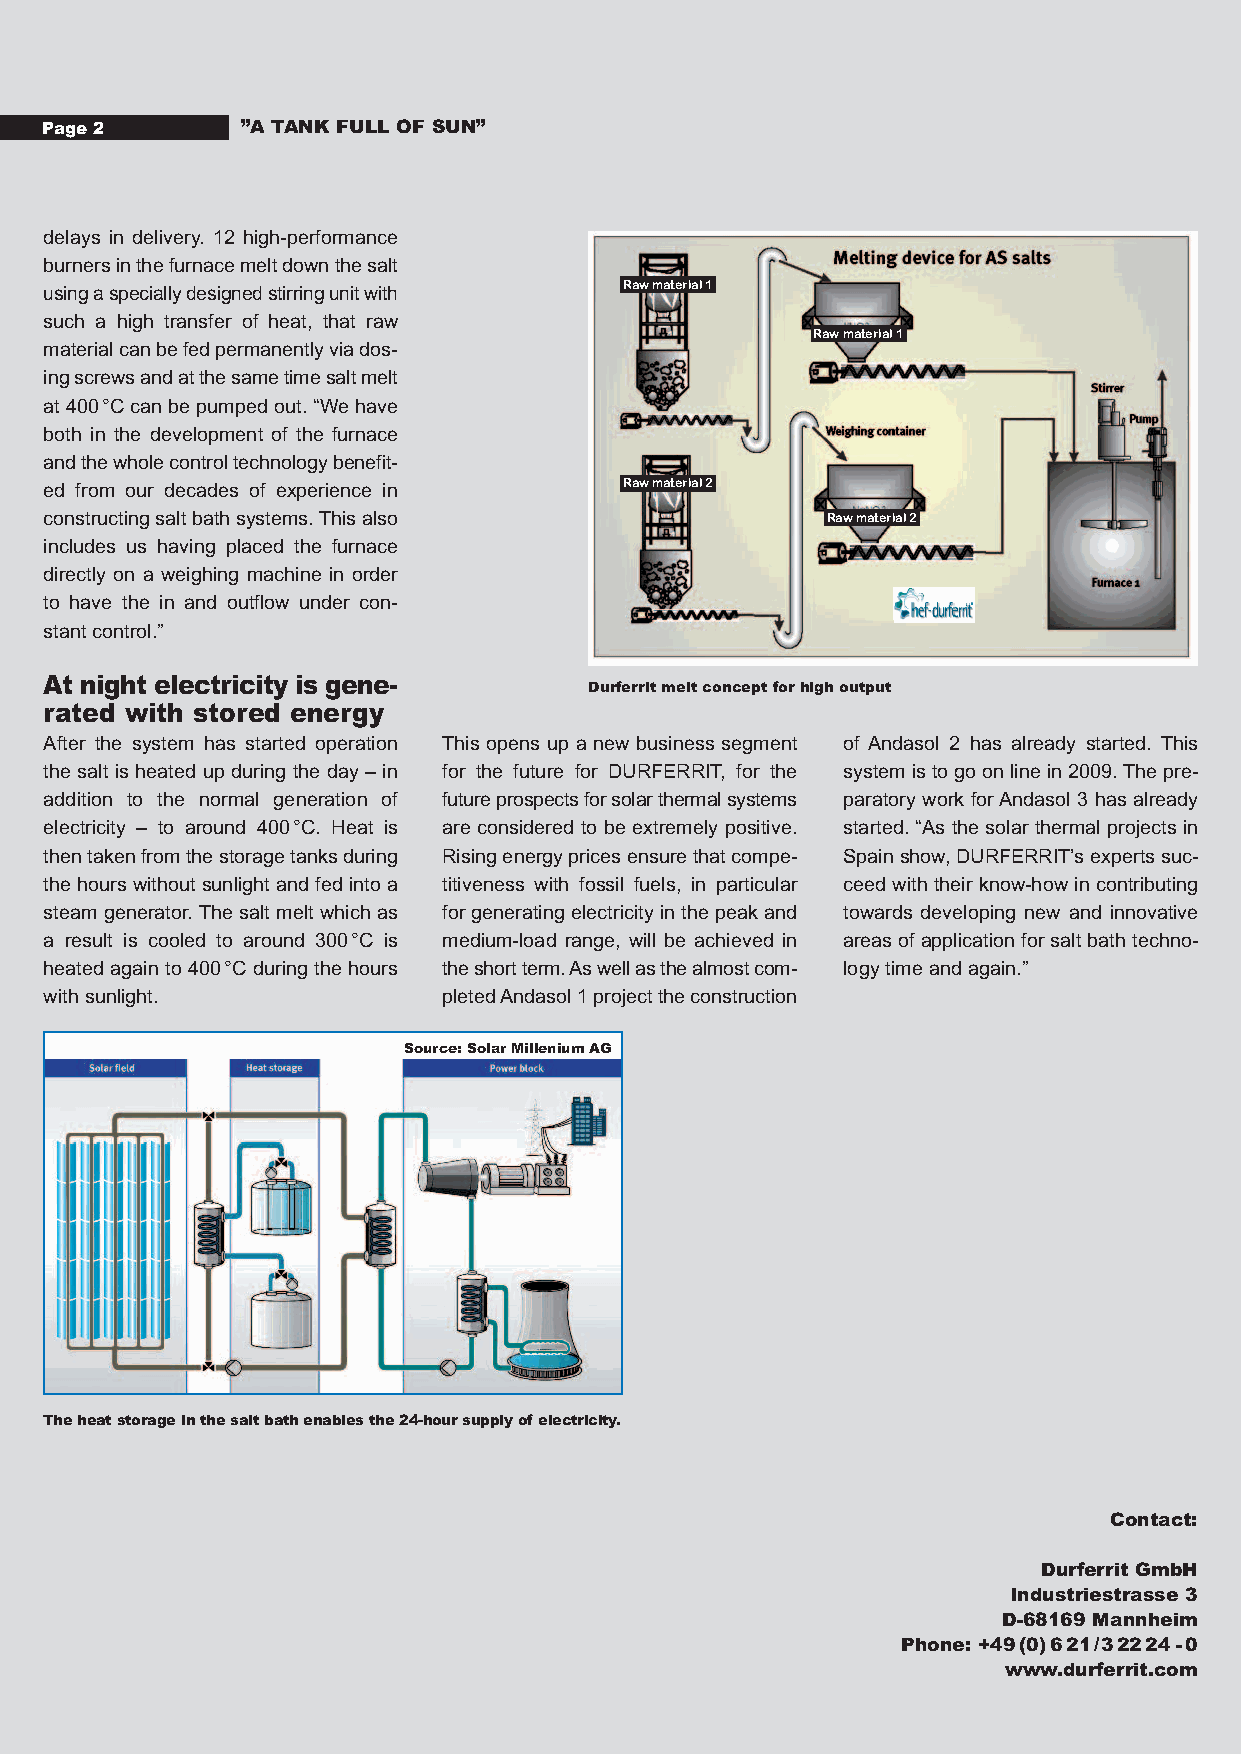
Page2        ”A TANK FULL OF SUN”
 delays in delivery. 12 high-performance
 burnersinthefurnacemeltdownthesalt
 Rawmaterial1
 usingaspeciallydesignedstirringunitwith
 such a high transfer of heat, that raw
 Rawmaterial1
 materialcanbefedpermanentlyviados-
 ingscrewsandatthesametimesaltmelt
 at400°Ccanbepumpedout.“Wehave
 both in the development of the furnace
 andthewholecontroltechnologybenefit-
 Rawmaterial2
 ed from our decades of experience in
 constructingsaltbathsystems.Thisalso                Rawmaterial2
 includes us having placed the furnace
 directly on a weighing machine in order
 to have the in and outflow under con-
 stantcontrol.”
 At night electricity is gene-       Durferritmeltconceptforhighoutput
 rated with stored energy
 After the system has started operation This opens up a new business segment of Andasol 2 has already started. This
 the salt is heated up during the day – in for the future for DURFERRIT, for the systemistogoonlinein2009.Thepre-
 addition to the normal generation of futureprospectsforsolarthermalsystems paratory work forAndasol 3 has already
 electricity – to around 400°C. Heat is are considered to be extremely positive. started. “As the solar thermal projects in
 thentakenfromthestoragetanksduring Risingenergypricesensurethatcompe- Spainshow,DURFERRIT’sexpertssuc-
 thehourswithoutsunlightandfedintoa titiveness with fossil fuels, in particular ceed with their know-how in contributing
 steam generator.The salt melt which as forgeneratingelectricityinthepeakand towards developing new and innovative
 a result is cooled to around 300°C is medium-load range, will be achieved in areasofapplicationforsaltbathtechno-
 heated again to 400°C during the hours theshortterm.Aswellasthealmostcom- logytimeandagain.”
 withsunlight.             pletedAndasol1projecttheconstruction
 Source:SolarMilleniumAG
 Theheatstorageinthesaltbathenablesthe24-hoursupplyofelectricity.
 Contact:
 Durferrit GmbH
 Industriestrasse 3
 D-68169 Mannheim
 Phone: +49(0)621/32224-0
 www.durferrit.com